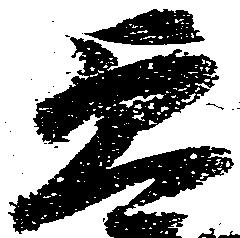
貞